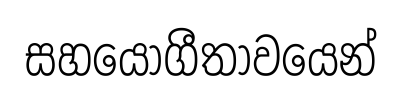
සහයෝගීතාවයෙන්